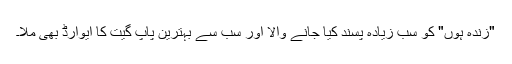
"زندہ ہوں" کو سب زیادہ پسند کیا جانے والا اور سب سے بہترین پاپ گیت کا ایوارڈ بھی ملا۔